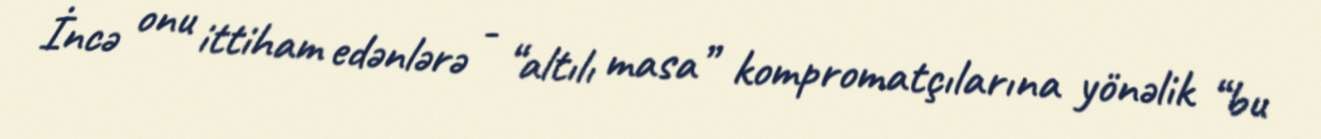
İncə onu ittiham edənlərə - “altılı masa” kompromatçılarına yönəlik “bu